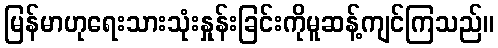
မြန်မာဟုရေးသားသုံးနှုန်းခြင်းကိုမူဆန့်ကျင်ကြသည်။